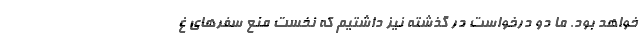
خواهد بود. ما دو درخواست در گذشته نیز داشتیم که نخست منع سفرهای غ